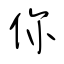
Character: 你